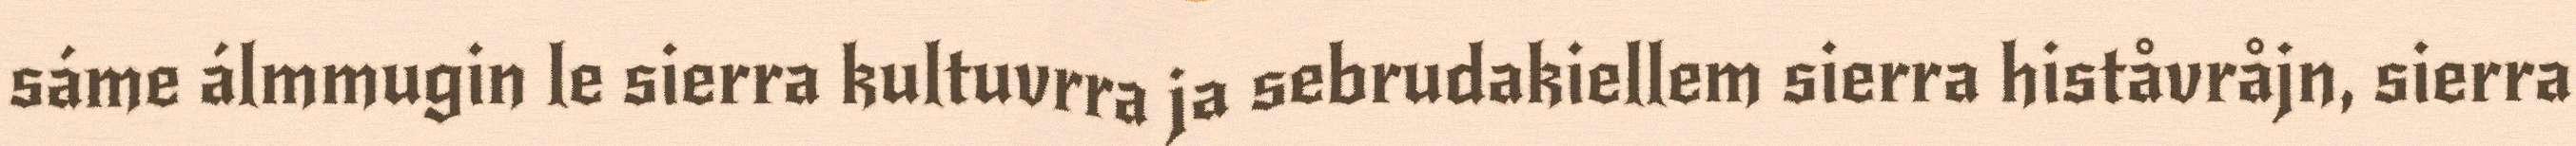
sáme álmmugin le sierra kultuvrra ja sebrudakiellem sierra histåvråjn, sierra